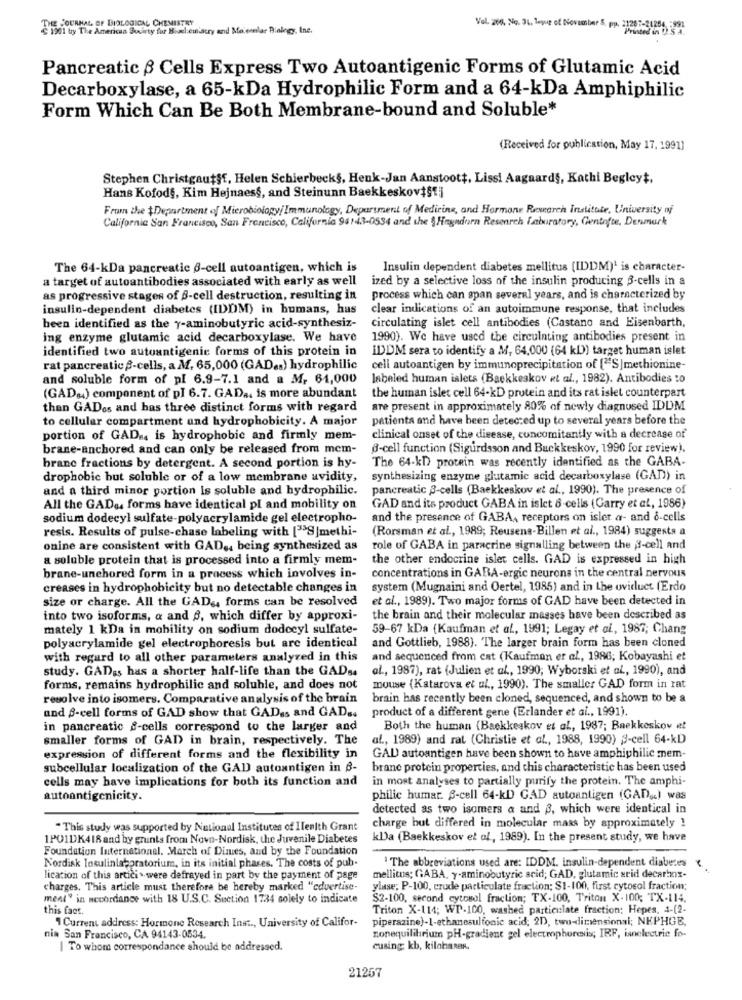
THE JOURNAL OF BIOLOGICAL CHEMISTRY
1901 by The American Swirty fur Bisel eulacry and Mo emnlar Biology, Ine.
Vol. 260, No. 31, legue of November &. pp. 21207-31256 -991
Pancreatic $ Cells Express Two Autoantigenic Forms of Glutamic Acid
Decarboxylase, a 65-kDa Hydrophilic Form and a 64-kDa Amphiphilic
Form Which Can Be Both Membrane-bound and Soluble*
(Received for publication, May 17, 1991]
Stephen Christgaut§f, Helen Schierbeck§, Henk-Jan Aanstoott, Lissi Aagaard§, Kathi Begleyt,
Hans Kofod§, Kim Hejnaess, and Steinunn BaekkeskoviS !!
From the $Department of Microbiology/ Immunology, Department of Medicine, and Hormone Research Institute, University of
California San Francisco, San Francisco, California 94143-0534 and the \Hagedorn Research Laboratory, Gentofte, Denmark
The 64-kDa pancreatic 6-cell autoantigen, which is
Insulin dependent diabetes mellitus (IDDM)' is character-
a target of autoantibodies associated with early as well
ized by a selective loss of the insulin producing 3-cells in a
as progressive stages of 6-cell destruction, resulting in
process which can span several years, and is characterized by
insulin-dependent diabetes (IDDM) in humans, has
clear indications of an autoimmune response, that includes
been identified as the y-aminobutyric acid-synthesiz-
circulating islet cell antibodies (Castano and Eisenbarth,
ing enzyme glutamic acid decarboxylase. We have
1990). We have used the circulating antibodies present in
identified two autoantigenic forms of this protein in
IDDM sera to identify a M, 64,000 (64 kD)) target human islet
rat pancreatic -cells, a A, 65,000 (GAD .. ) hydrophilic
cell autoantigen by immunoprecipitation of ["S]methionine-
and soluble form of pl 6.9-7.1 and a M. 61,000
labeled human islets (Baekkeskov et al ., 1982). Antibodies to
(GADu) component of pI 6.7. GAD .. is more abundant
the human islet cell 64-kD protein and its rat islet counterpart
than GADos and has three distinct forms with regard
are present in approximately 80% of newly diagnosed IDIM
to cellular compartment and hydrophobicity. A major
patients and have been detected up to several years before the
portion of GAD .. is hydrophobic and firmly mem-
clinical onset of the disease, concomitantly with a decrease of
brane-anchored and can only be released from mem-
6-cell function (Sigurdsson and Buckkeskov, 1990 for review).
The 64-kD) protein was recently identified as the GABA-
branc fractions by detergent. A second portion is hy-
drophobic but soluble or of a low membrane avidity,
synthesizing enzyme glutamic acid decarboxylase (GAD) in
and a third minor portion Is soluble and hydrophilic.
pancreatic 3-cells (Baekkeskov et al ., 1990). The presence of
All the GAD& forms have identical pl and mobility on
GAD and its product GABA in islet 8-cells (Garry et al, 1986)
sodium dodecyl sulfate-polyacrylamide gel electropho-
and the presence of GABA, receptors on isler a- and &-cells
resis. Results of pulse-chase labeling with [">9|methi-
(Rorsman et al ., 1989; Reusens-Billen et al ., 1984) suggests a
onine are consistent with GAD .. being synthesized as
role of GABA in paracrine signalling between the 3-cell and
a soluble protein that is processed into a firmly mem-
the other endocrine islet cells. GAD is expressed in high
concentrations in GARA-ergic neurons in the central nervous
brane-unchored form in a process which involves in-
creases in hydrophobicity but no detectable changes in
system (Mugnaini and Oertel, 1985) and in Lhe oviduct (Erdo
size or charge. All the GADs, forms can be resolved
et al ., 1989). Two major forms of GAD have been detected in
into two isoforms, a and , which differ by approxi-
the brain and their molecular masses have been described as
mately 1 kDa in mobility on sodium dodceyl sulfate-
59-67 kDa (Kaufman et al, 1991; Legay et al ., 1987; Chang
polyacrylamide gel electrophoresis but are identical
and Gottlieb, 1988). The larger brain form has been cloned
with regard to all other parameters analyzed in this
and sequenced from cat (Kaufman er al ., 1986; Kobayashi et
study. GAD&s has a shorter half-life than the GADs.
al ., 1987), rat (Julien et al ., 1990; Wyborski et al ., 1990), and
forms, remains hydrophilic and soluble, and does not
mouse (Katarova et al ., 1990). The smaller GAD form in rat
resolve into isomers. Comparative analysis of the brain
brain has recently been cloned, sequenced, and shown to be a
product of a different gene (Erlander et al ., 1991).
and S-cell forms of GAD show that GADas and GAD ..
in pancreatic s-cells correspond to the larger and
Both the human (Backkeskov et al, 1987; Bnekkeskov et
smaller forms of GAD in brain, respectively. The
al ., 1989) and rat (Christie et al ., 1988, 1990) 33-cell 64-kD
expression of different forms and the flexibility in
GAD autoantigen have been shown to have amphiphilic mem-
subcellular localization of the GAD autoantigen in 6-
brane protein properties, and this characteristic has been used
cells may have implications for both its function and
in most analyses to partially purify the protein. The amphi-
autoantigenicity.
philic humar. 8-cell 64-kD GAD autoantigen (GAD&c) was
detected as two isomers a and 3, which were identical in
"This study was supported by National Institutes of Ilenith Grant
charge but differed in molecular mass by approximately !
1PO1DK418 and by grunts from Novo-Nordisk, the Juvenile Diabetes
kDa (Baekkeskov et of, 1989). In the present study, we have
Foundation International. March of Dimes, and by the Foundation
Nordisk Insulinlaboratorium, in its initial phases. The costs of pub.
The abbreviations used are: IDDM. insulin-dependent diabetes
lication of this artici > were defrayed in part by the payment of page
mellitus; GABA, y-aminobutyric acid; GAD, glutamic srid decarbox-
charges. This article must therefore be hereby marked "cdvertise-
ylase; P-100, crude particulate fraction; $1-100, first cytosol fraction;
ment" in accordance with 18 U.S.C. Section 1734 solely to indicate
$2-100, second cytosol fraction; TX-100, Triton X- 100; TX-L14.
this fact.
Triton X-114; WP-100, washed particulate fraction; Hopes, 4-(2-
1 Current address: Hormone Research Inst ., University of Califor-
piperazine)-1-ethanesulfonic acid; 2D, two-dimensionsi; NKPHGE,
nia San Francisco, CA 94143-0534.
zonequilibrium pH-gradient gel electrophoresis; IRF, isnelectric fo-
| To whom correspondance should be addressed.
cusing kb, kiloharen.
21267